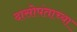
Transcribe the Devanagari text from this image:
दासोपंताच्या